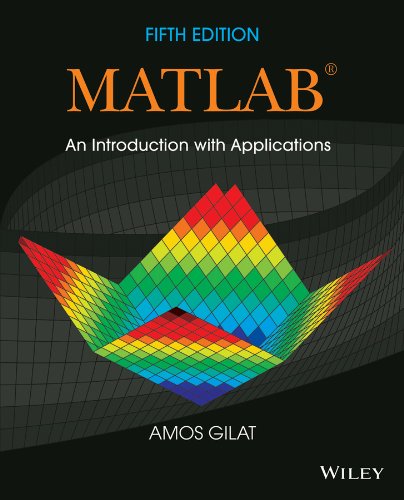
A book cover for MATLAB: An Introduction with Applications; Amos Gilat; Science & Math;